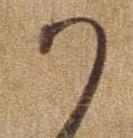
か